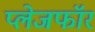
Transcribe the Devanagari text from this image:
प्लेजफॉर